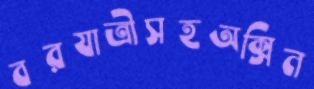
বরযাত্রীসহঅক্সিন